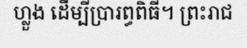
ហ្លួង ដើម្បីប្រារព្ធពិធី។ ព្រះរាជ